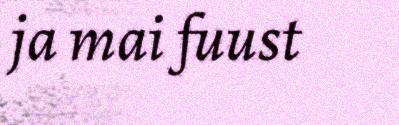
ja mai fuust